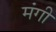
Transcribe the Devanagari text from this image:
मंगी